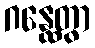
ဂန္ထေတွာ